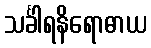
သင်္ခါရနိရောဓာယ